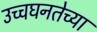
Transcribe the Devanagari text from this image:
उच्चघनतेच्या